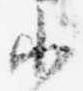
小